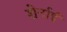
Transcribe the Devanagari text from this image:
शेर्नाई